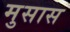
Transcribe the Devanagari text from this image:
मुसास